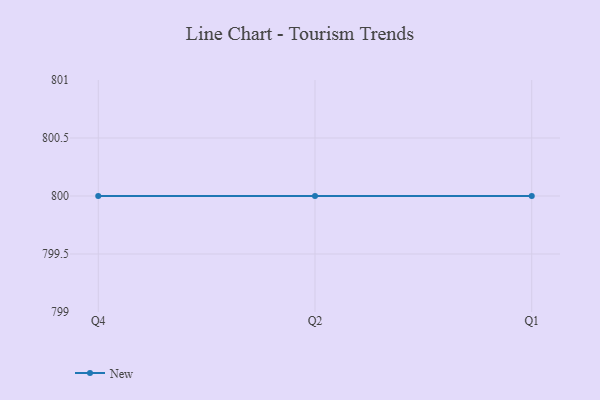
{"axis": {"x": "Quarter", "y": "Revenue (USD Million)"}, "legend": ["New"], "data": [{"x": "Q4", "y": 800, "type": "New"}, {"x": "Q2", "y": 800, "type": "New"}, {"x": "Q1", "y": 800, "type": "New"}]}